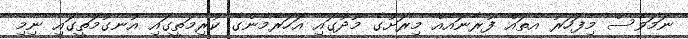
ނަމަވެސް މިފަހަރު އެތައް ފުރާނައެއް މިރަށުގެ މޫދުގައި އަހަރެމެންގެ ކުރިމަތީގައި އުނގުމަތީގައި ނިމި